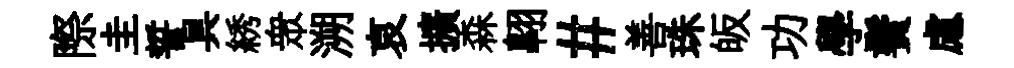
際圭誓具綉衆溯哀擴森翺#善珠皈功學鬢慮